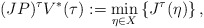
\begin{align*} (JP)^\tau V^*(\tau) :=\displaystyle \min_{\eta\in X} \left\lbrace J^\tau(\eta)\right\rbrace,\end{align*}